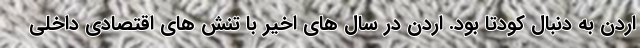
اردن به دنبال کودتا بود. اردن در سال های اخیر با تنش های اقتصادی داخلی